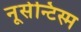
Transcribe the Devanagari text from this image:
नूसेन्टिस्म